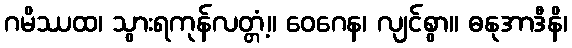
ဂမိဿထ၊ သွားရကုန်လတ္တံ့။ ဝေဂေန၊ လျင်စွာ။ ဓနုအာဒီနိ၊